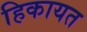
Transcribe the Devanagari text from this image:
हिकायत